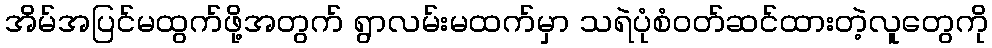
အိမ်အပြင်မထွက်ဖို့အတွက် ရွာလမ်းမထက်မှာ သရဲပုံစံဝတ်ဆင်ထားတဲ့လူတွေကို